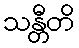
သန္တီတိ